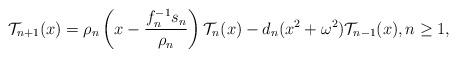
LaTeX: \begin{align*}\mathcal{T}_{n+1}(x)=\rho_n\left(x-\dfrac{f_n^{-1}s_n}{\rho_n}\right)\mathcal{T}_n(x)-d_n(x^2+\omega^2)\mathcal{T}_{n-1}(x), n\geq 1,\end{align*}